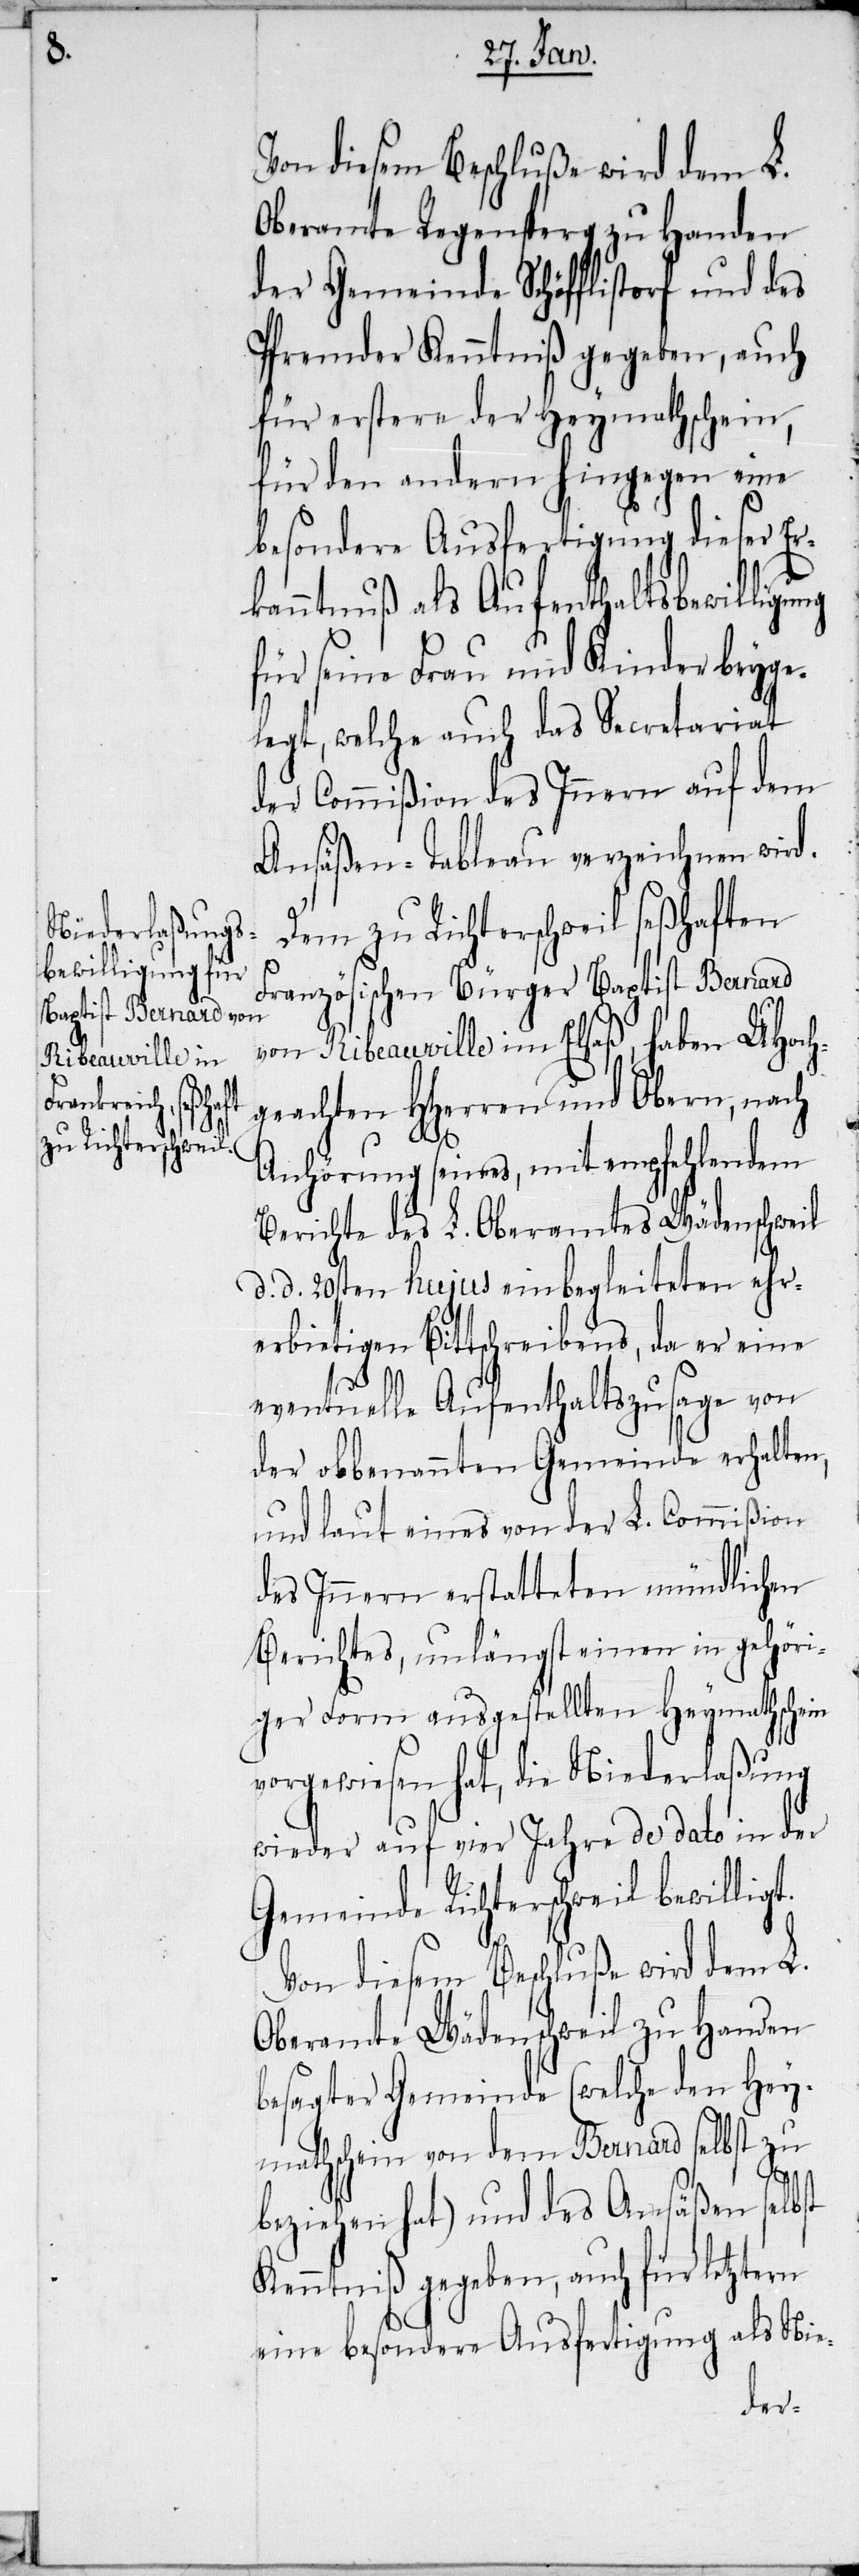
Von diesem Beschluße wird dem L.
Oberamte Regensperg zu Handen
der Gemeinde Schöfflistorf und des
Pfrender Kenntniß gegeben, auch
für erstere der Heymathschein,
für den andern hingegen eine
besondere Ausfertigung dieser Er¬
kanntnuß als Aufenthaltsbewilligung
für seine Frau und Kinder beyge¬
legt, welche auch das Secretariat
der Commißion des Innern auf dem
Ansäßen-Tableau verzeichnen wird.
Dem zu Richterschweil seßhaften
Französischen Bürger Baptist Bernard
von Ribeauville im Elsaß, haben UHoch¬
geachten HHerren und Obern, nach
Anhörung seines, mit empfehlendem
Berichte des L. Oberamtes Wädenschweil
d. 20sten hujus einbegleiteten ehr¬
erbietigen Bittschreibens, da er eine
eventuelle Aufenthaltszusage von
der obbenannten Gemeinde erhalte¬
und laut eines von der L. Commißion
des Innern erstatteten mündlichen
Berichtes, unlängst einen in gehöri¬
ger Form ausgestellten Heymathschein
vorgewiesen hat, die Niederlaßung
wieder auf vier Jahre de dato in der
Gemeinde Richterschweil bewilligt.
Von diesem Beschluße wird dem L.
Oberamte Wädenschweil zu Handen
besagter Gemeinde (welche den Hey¬
mathschein von dem Bernard selbst zu
n,
beziehen hat) und des Ansäßen selbst
Kenntniß gegeben, auch für letztern
eine besondere Ausfertigung als Nie-